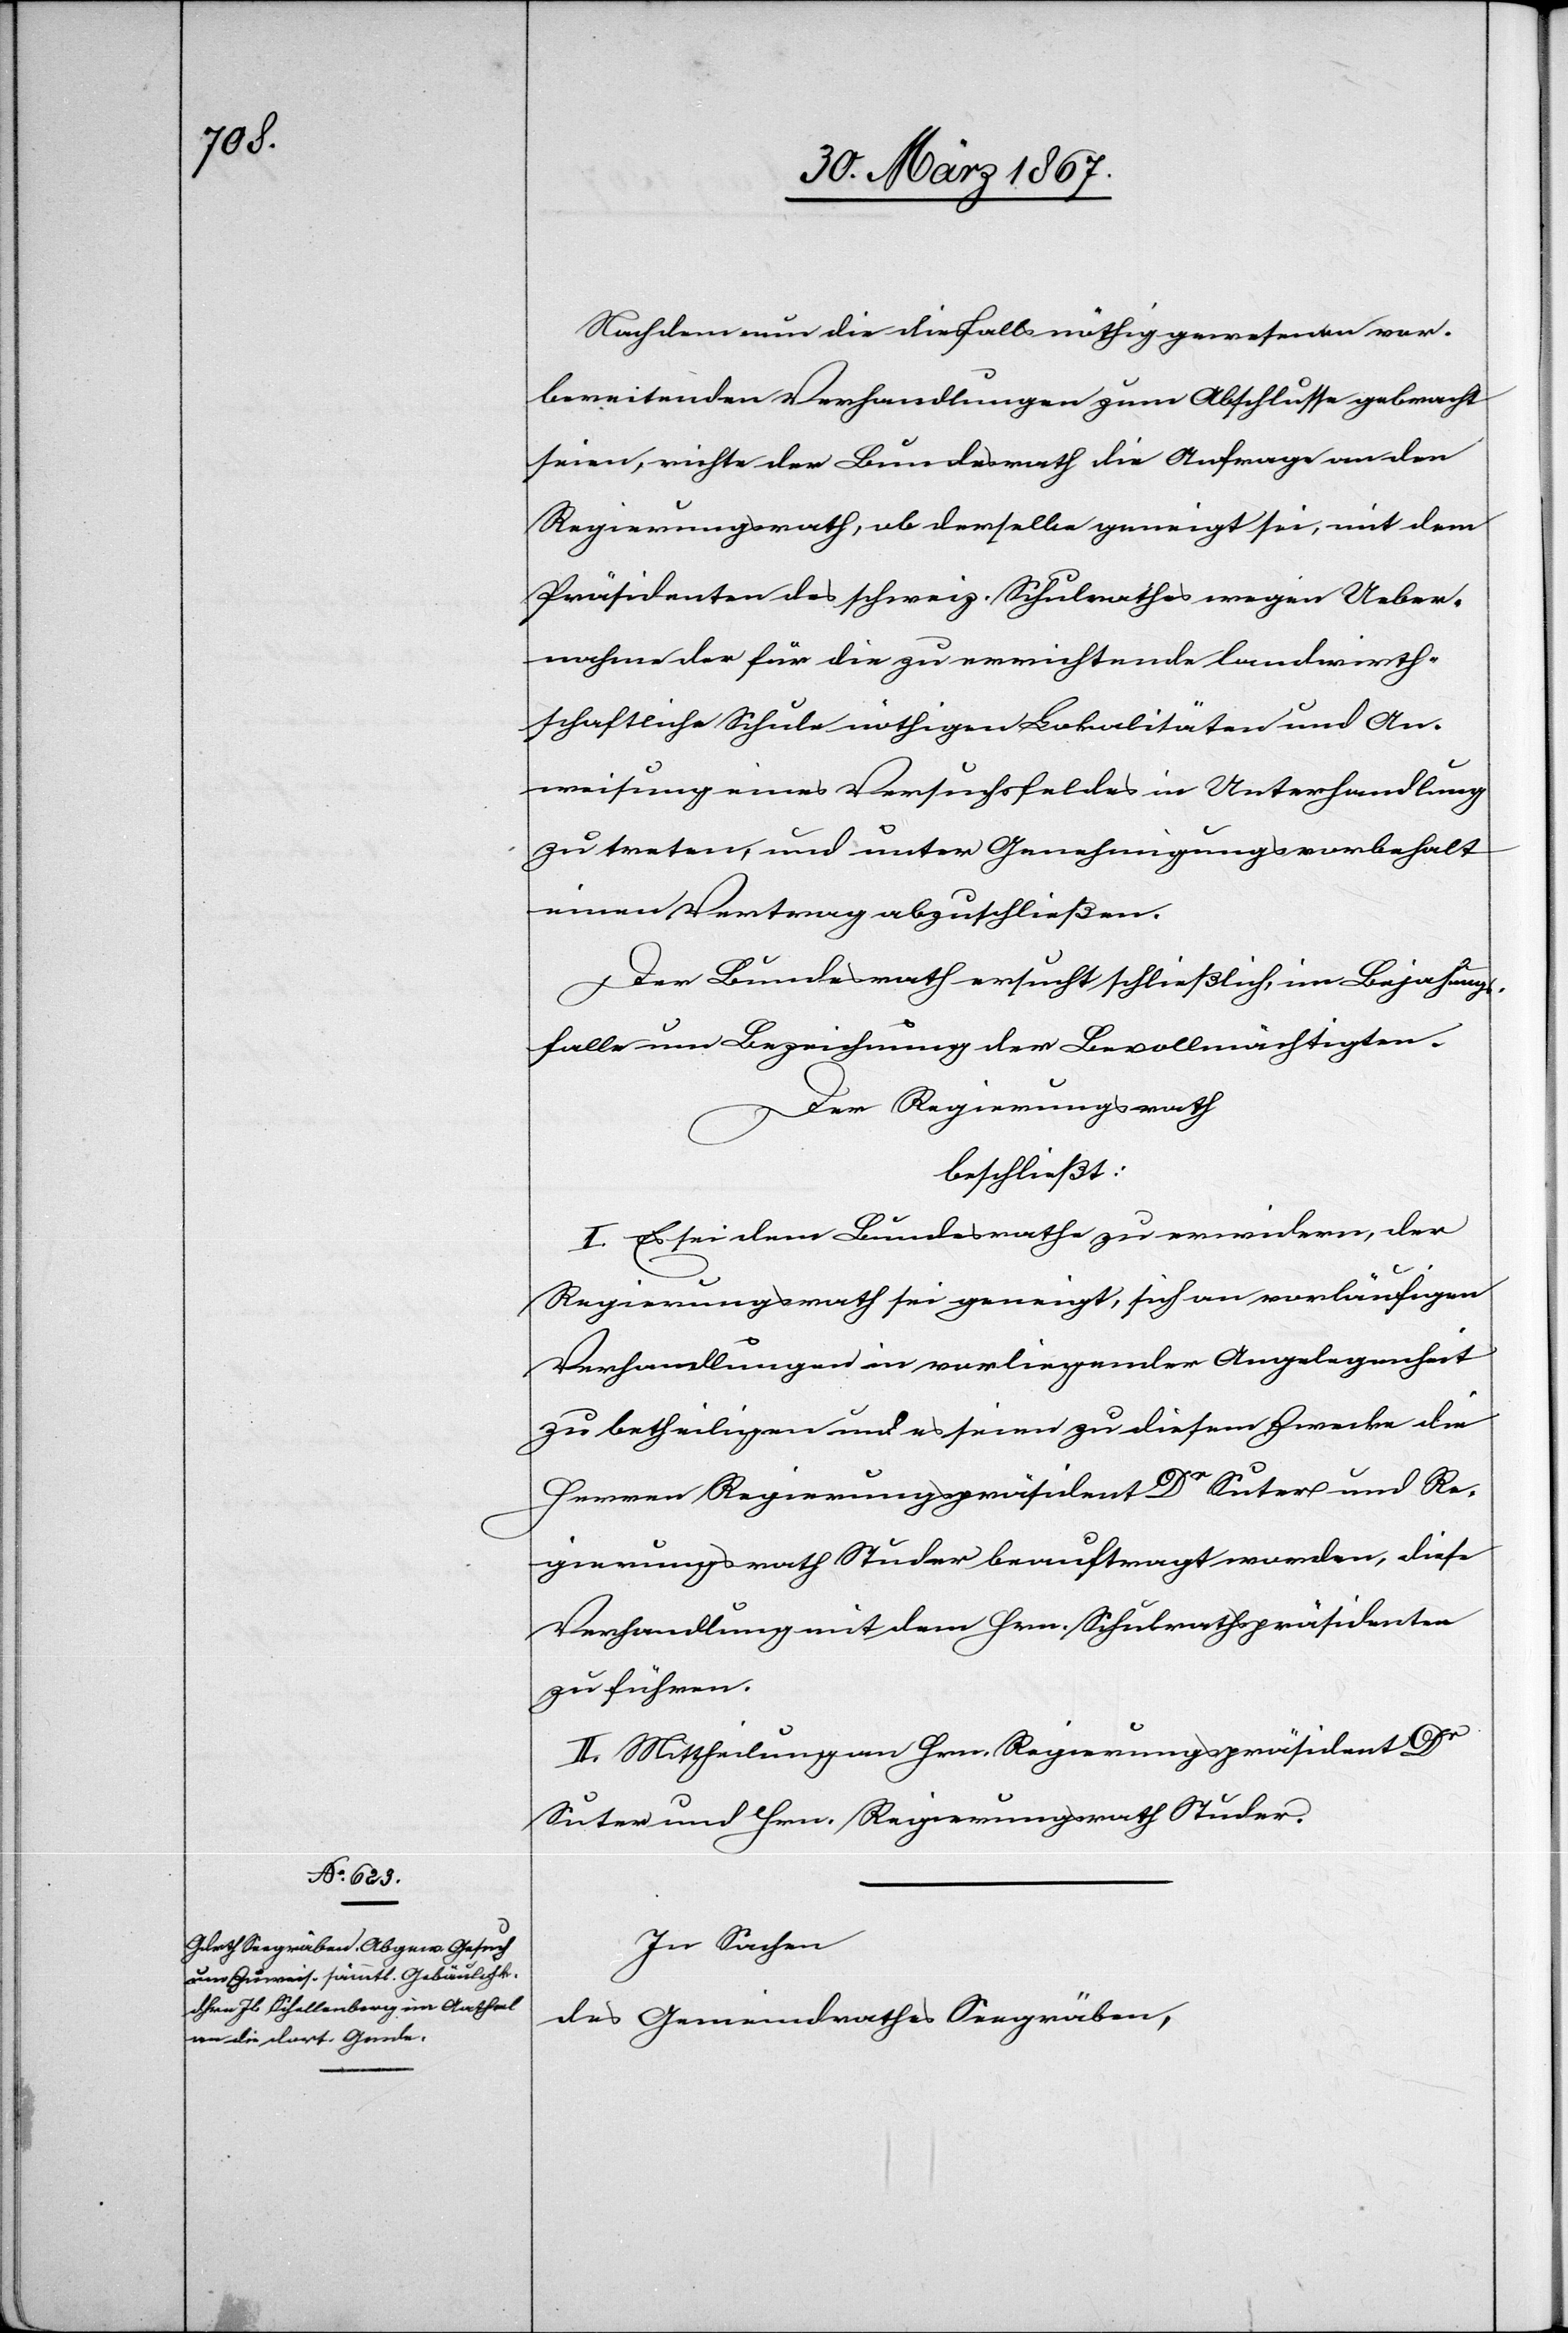
Nachdem die diesfalls nöthig gewesenen vor¬
bereitenden Verhandlungen zum Abschlusse gebracht
seien, richte der Bundesrath die Anfrage an den
Regierungsrath, ob derselbe geneigt sei, mit dem
Präsidenten des schweiz. Schulrathes wegen Ueber¬
nahme der für die zu errichtenden landwirth¬
schaftliche Schule nöthigen Lokalitäten und An¬
weisung eines Versuchsfeldes in Unterhandlung
zu treten, und unter Genehmigungsvorbehalt
einen Vertrag abzuschließen.
Der Bundesrath ersucht schließlich, im Bejahungs¬
falle um Bezeichnung der Bevollmächtigten.
Der Regierungsrath
beschließt:
I. Es sei dem Bundesrathe zu erwidern, der
Regierungsrath sei geneigt, sich an vorläufigen
Verhandlungen in vorliegender Angelegenheit
zu betheiligen und es seien zu diesem Zwecke die
Herren Regierungspräsident Dr Suter und Re¬
gierungsrath Studer beauftragt worden, diese
Verhandlungen mit dem Hrn. Schulrathspräsidenten
zu führen.
II. Mittheilung an Hrn. Regierungspräsident Dr
Suter und Hrn. Regierungsrath Studer.
In Sachen
des Gemeindrathes Seegräben,